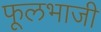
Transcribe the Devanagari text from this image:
फूलभाजी